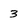
Character: 3